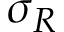
\sigma _ { R }